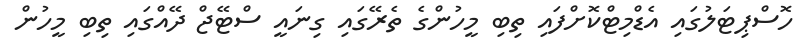
ހޮސްޕިޓަލުގައި އެޑްމިޓްކޮށްފައި ތިބި މީހުންގެ ތެރޭގައި ގިނައީ ސްޓޭޖް ދޭއްގައި ތިބި މީހުން